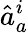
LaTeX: \hat{a}_{a}^{i}